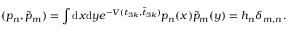
( p _ { n } , \tilde { p } _ { m } ) = \int \mathrm { d } x \mathrm { d } y e ^ { - V ( t _ { 3 k } , \tilde { t } _ { 3 k } ) } p _ { n } ( x ) \tilde { p } _ { m } ( y ) = h _ { n } \delta _ { m , n } .